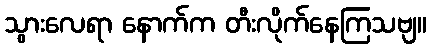
သွားလေရာ နောက်က တီးလိုက်နေကြသဗျ။